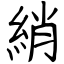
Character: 綃